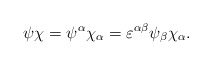
\begin{align*}\psi\chi = \psi^\alpha \chi_\alpha = \varepsilon^{\alpha\beta} \psi_\beta \chi_\alpha .\end{align*}